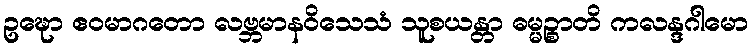
ဥဍ္ဎော ဧဝမာဂတော လဗ္ဘမာနဝိသေသံ သူစယန္တာ ဓမ္မဉ္စာတိ ကလန္ဒဂါမော